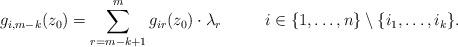
LaTeX: \begin{align*}g_{i,m-k}(z_0)=\sum_{r=m-k+1}^mg_{ir}(z_0)\cdot\lambda_{r}\qquad\ \ i\in\{1,\hdots,n\}\setminus\{i_1,\hdots,i_k\}.\end{align*}